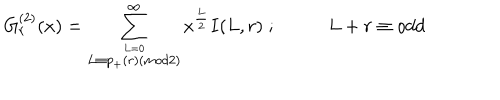
G _ { r } ^ { ( 2 ) } ( x ) = \sum _ { \stackrel { L = 0 } { L \equiv p _ { + } ( r ) ( m o d 2 ) } } ^ { \infty } x ^ { \frac { L } { 2 } } I ( L , r ) \; ; \; L + r \equiv o d d